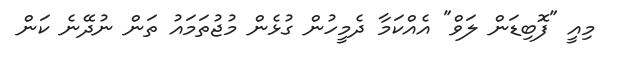
މިއީ "ފޮބިޑަން ލަވް" އެއްކަމާ ދެމީހުން ގުޅެން މުޖުތަމައު ތަން ނުދޭނެ ކަން